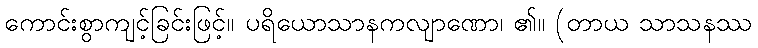
ကောင်းစွာကျင့်ခြင်းဖြင့်။ ပရိယောသာနကလျာဏော၊ ၏။ (တာယ သာသနဿ